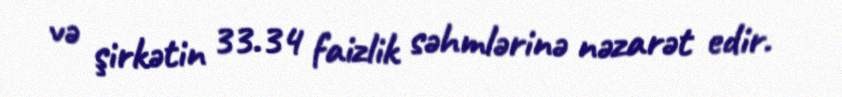
və şirkətin 33.34 faizlik səhmlərinə nəzarət edir.